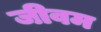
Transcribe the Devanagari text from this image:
जीवम